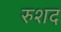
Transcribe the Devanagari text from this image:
रुशद